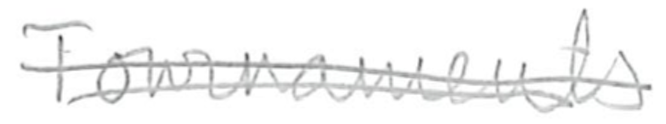
Text: Tournaments
Cross-out: double-line
Writing tool: pencil